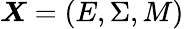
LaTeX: \boldsymbol{X}=(E,\Sigma,M)